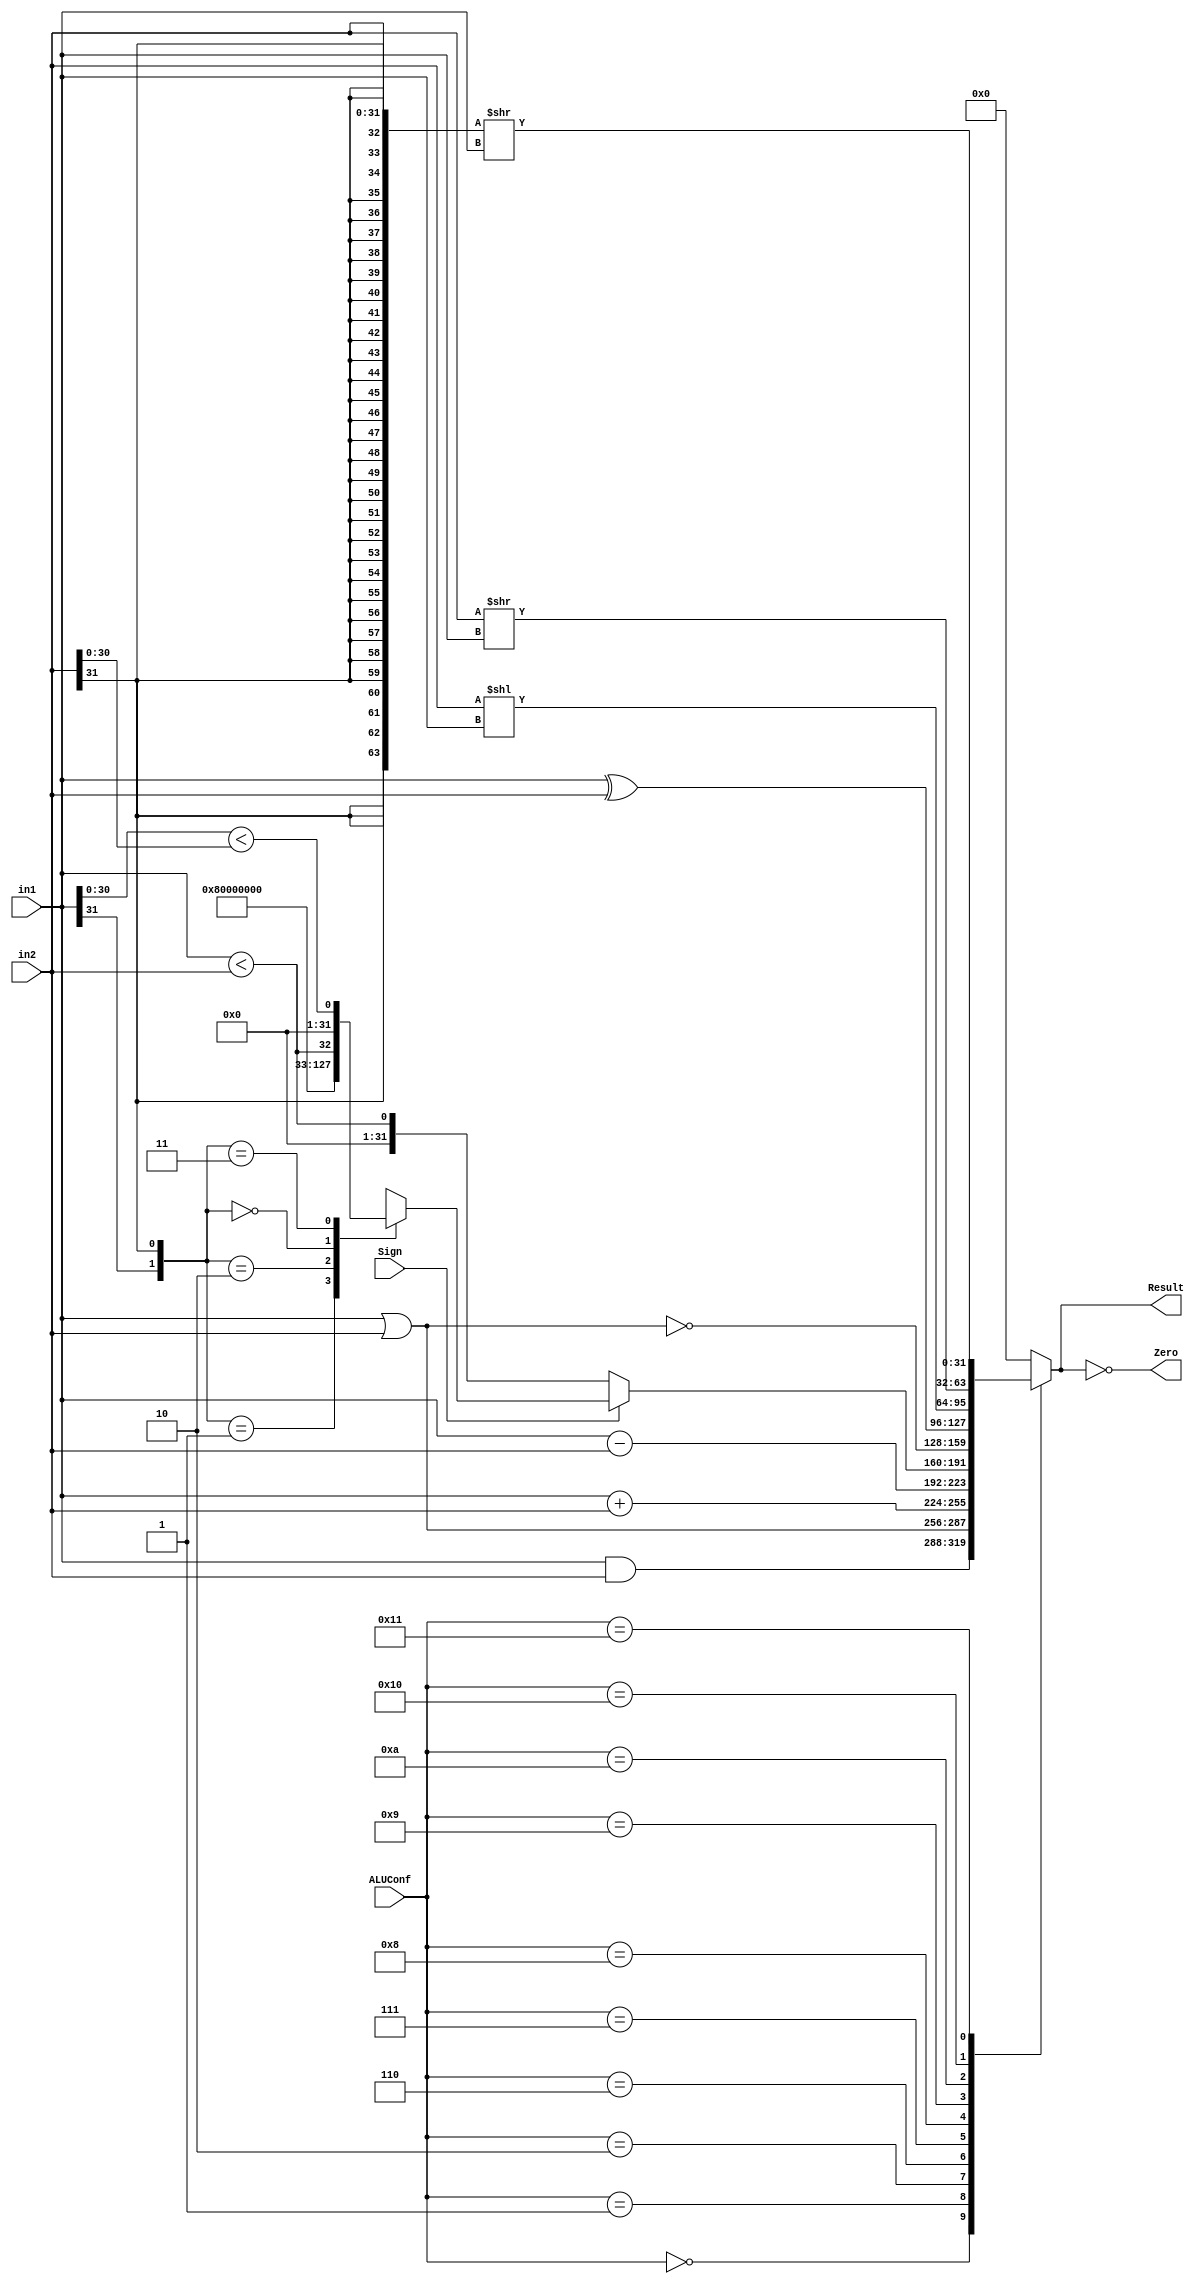
`timescale 1ns / 1ps
//////////////////////////////////////////////////////////////////////////////////
// Class: Fundamentals of Digital Logic and Processor
// Designer: Shulin Zeng
//
// Design Name: MultiCycleCPU
// Module Name: ALU
// Project Name: Multi-cycle-cpu
// Target Devices:
// Tool Versions:
// Description:
//
// Dependencies:
//
// Revision:
// Revision 0.01 - File Created
// Additional Comments:
//
//////////////////////////////////////////////////////////////////////////////////


module ALU(ALUConf,
           Sign,
           in1,
           in2,
           Zero,
           Result);
    // Control Signals
    input [4:0] ALUConf;
    input Sign;
    // Input Data Signals
    input [31:0] in1;
    input [31:0] in2;
    // Result put
    output Zero;
    output reg [31:0] Result;
    
    // ALUCtrl signal
    parameter and_ctrl = 5'b00000; // &
    parameter or_ctrl  = 5'b00001; // |
    parameter add_ctrl = 5'b00010; // +
    parameter sub_ctrl = 5'b00110; // -
    parameter slt_ctrl = 5'b00111; // set on less than
    parameter nor_ctrl = 5'b01000; // nor
    parameter xor_ctrl = 5'b01001; // xor
    parameter sll_ctrl = 5'b01010; // <<
    parameter srl_ctrl = 5'b10000; // >>
    parameter sra_ctrl = 5'b10001; // >>(a)
    
    assign Zero = (Result == 0); // when Result  is 0, zero is 1
    
    // IMPORTANT! although the signed and unsigned settings has different results in +,-,&,|..., but they share the same representations
    // However, when it comes to slt and sra, they will produce different result performance
    always @(*) begin
        case(ALUConf)
            and_ctrl: Result <= in1 & in2;
            or_ctrl: Result  <= in1 | in2;
            add_ctrl: Result <= in1 + in2;
            sub_ctrl: Result <= in1 - in2;
            slt_ctrl: begin
                if (Sign) begin //signed
                    case({in1[31],in2[31]}) // to compare according to the sign bit
                        2'b01: Result <= 0;
                        2'b10: Result <= 1;
                        2'b00: Result <= (in1<in2);
                        2'b11: Result <= (in1[30:0]<in2[30:0]);
                    endcase
                end
                else // unsigned
                Result <= (in1 < in2);
            end
            nor_ctrl: Result <= ~(in1 | in2);
            xor_ctrl: Result <= (in1 ^ in2);
            sll_ctrl: Result <= (in2 << in1);
            srl_ctrl: Result <= (in2 >> in1);
            // important!! if you want to add shamt options, you should load the last 16 bits and get the shamt[10:6]
            sra_ctrl: Result <= ({{32{in2[31]}}, in2} >> in1); // the highst bit is always same as signal-bit
            // when it comes to unsigned numbers, sra_ctrl may get wrong answers
            // see: https://chortle.ccsu.edu/AssemblyTutorial/Chapter-14/ass14_14.html
            default: Result <= 0;
        endcase
    end
    // Your code above
    
endmodule